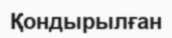
Қондырылған